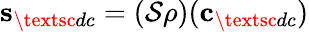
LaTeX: \mathbf{s}_{\textsc{dc}}=(\mathcal{S}\rho)(\mathbf{c}_{\textsc{dc}})